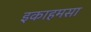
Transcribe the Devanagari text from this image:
इकाहमसा